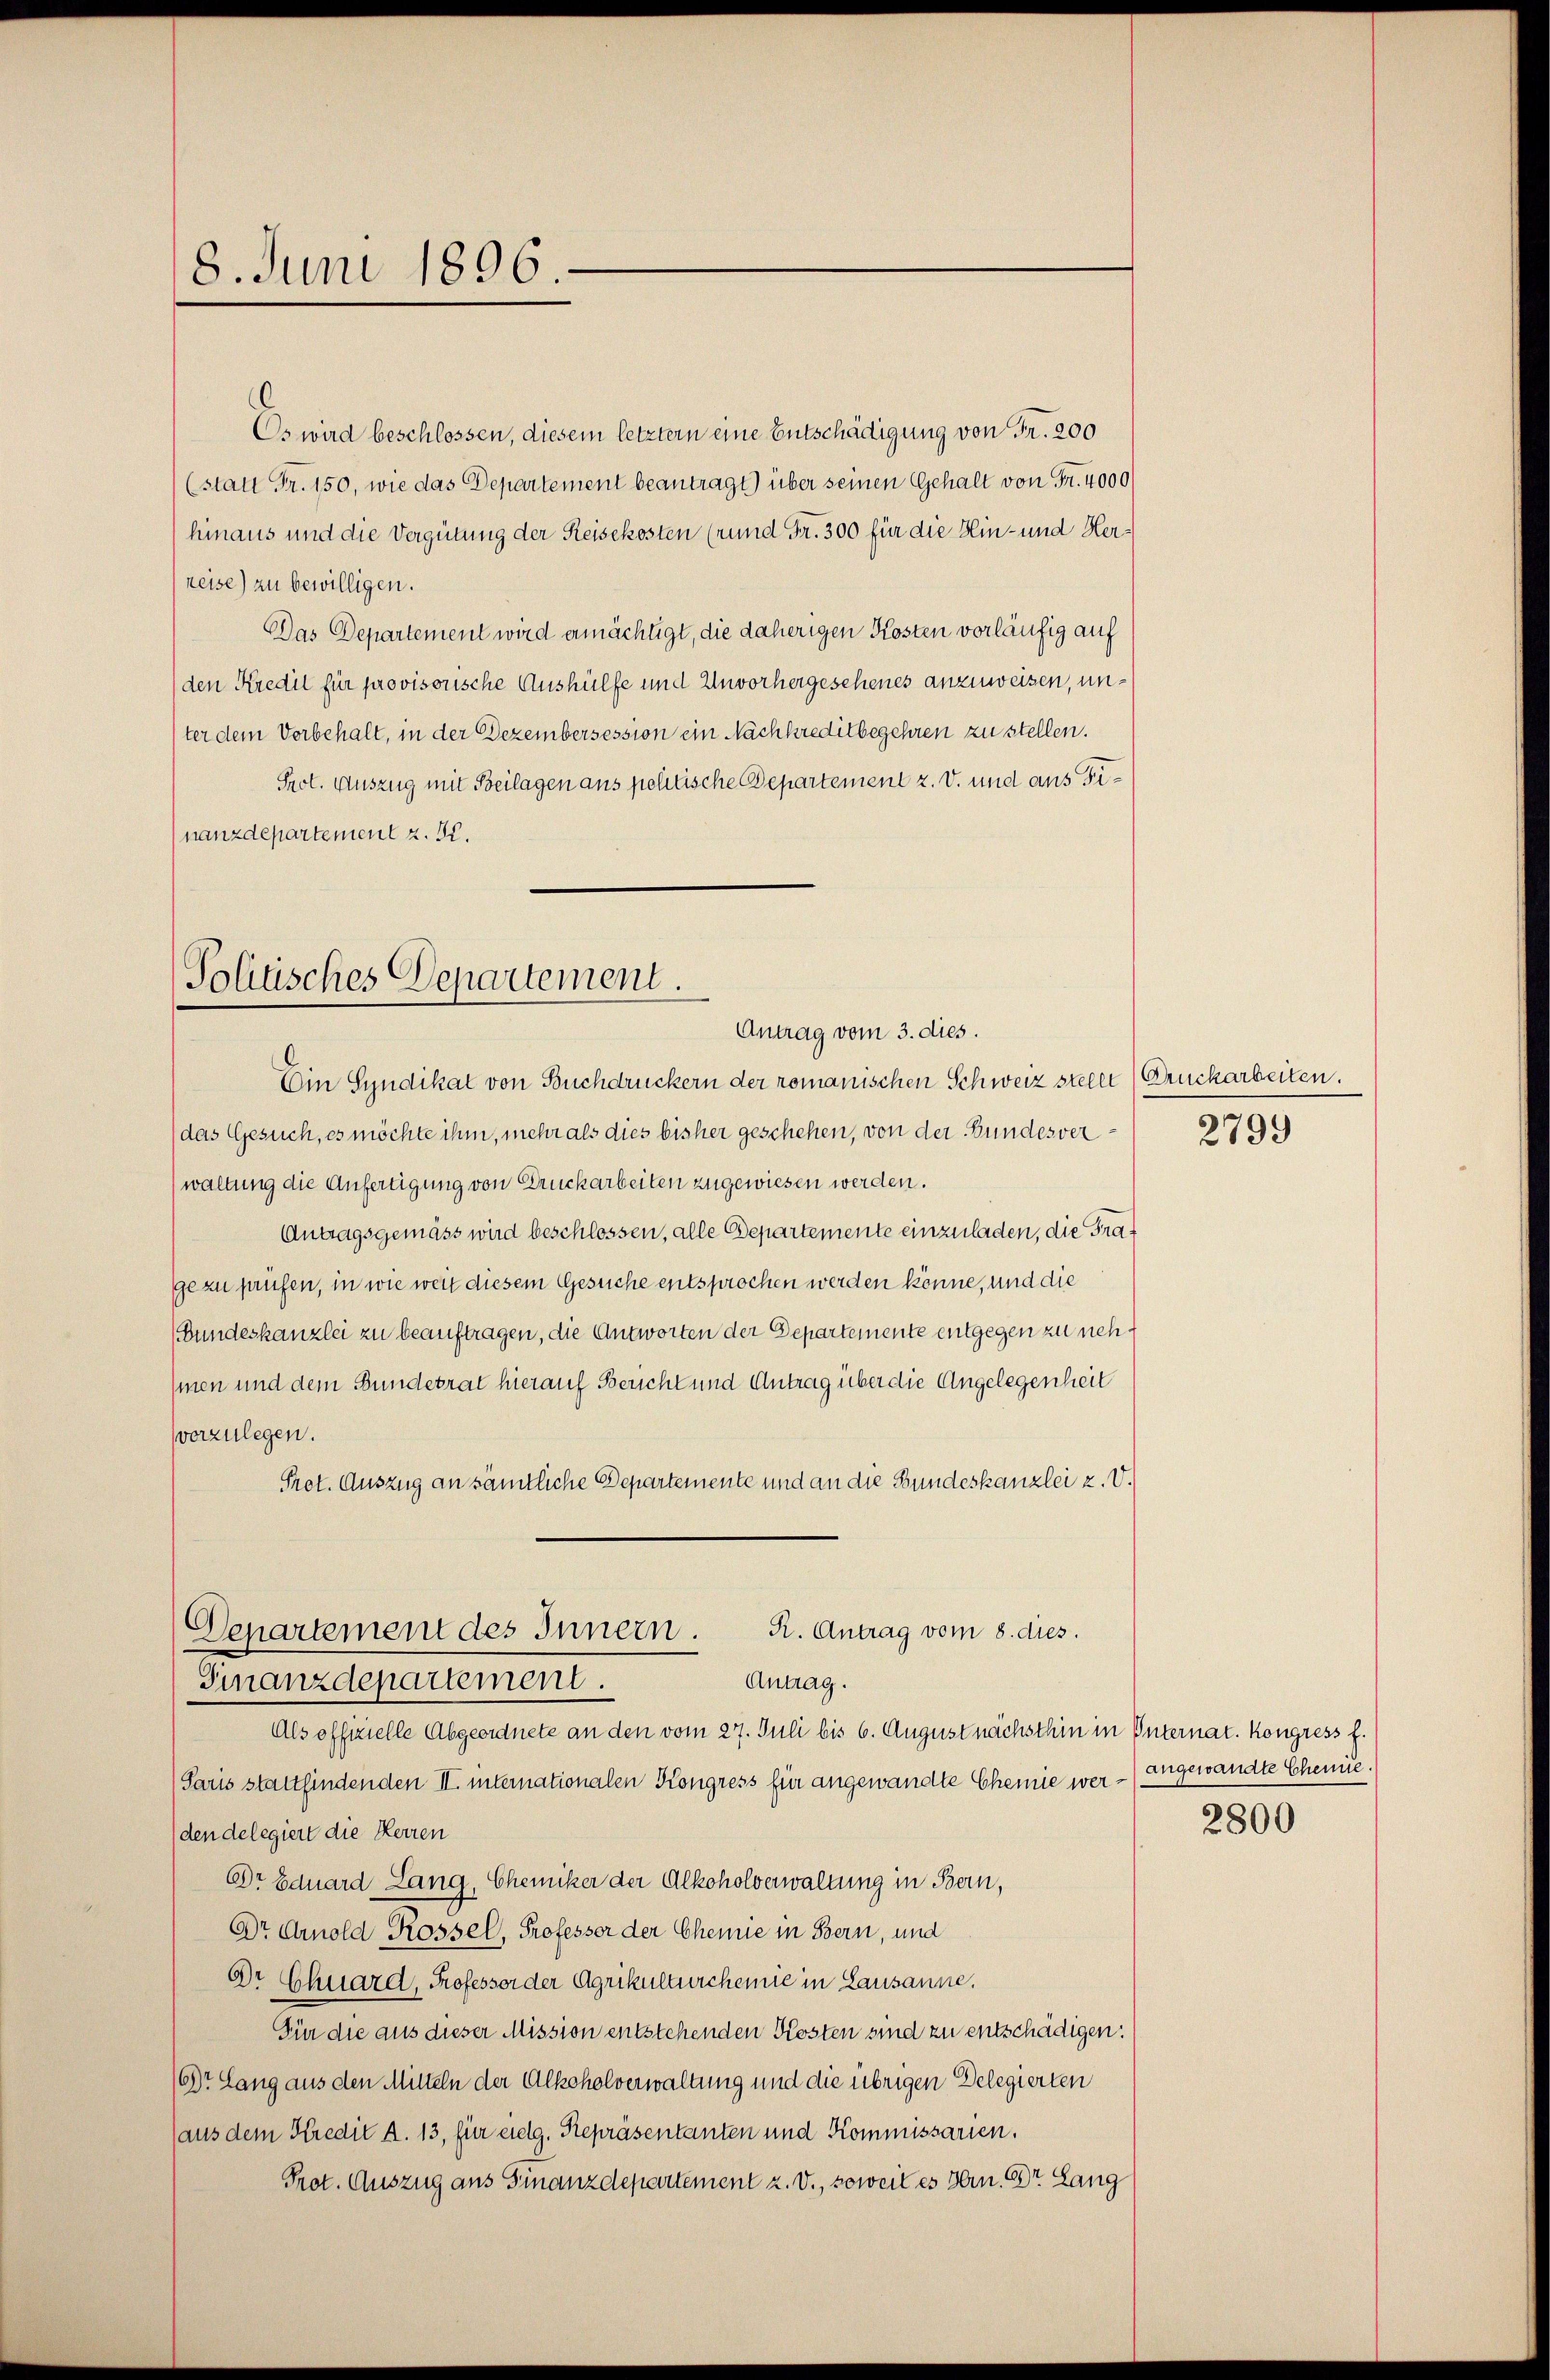
8. Juni 1896.

Es wird beschlossen, diesem letztern eine Entschädigung von Fr. 200
(statt Fr. 150, wie das Departement beantragt) über seinen Gehalt von Fr. 4000
hinaus und die Vergütung der Reisekosten (rund Fr. 300 für die Hin- und Herreise) zu bewilligen.
Das Departement wird ermächtigt, die daherigen Kosten vorläufig auf
den Kredit für provisorische Aushülfe und Unvorhergesehenes anzuweisen, unter dem Vorbehalt, in der Dezembersession ein Nachkreditbegehren zu stellen.
Prot. Auszug mit Beilagen aus petitische Departement z. v. und aus Dinanzdepartement z. B.

Tolitisches Departement.
Antrag vom 3. dies.

Ein Syndikat von Buchdruckern der romanischen Schweiz steher Druckarbeiten.
(das Gesuch, es möchte ihm, mehr als dies bisher geschehen, von der Bundesver¬
(waltung die Anfertigung von Druckarbeiten zugewiesen werden.
Antragsgemäss wird beschlossen, alle Departemente einzuladen, die Frage zu prüfen, in wie weit diesem Gesuche entsprochen werden könne, und die
(Bundeskanzlei zu beauftragen, die Antworten der Departemente entgegen zu nehmen und dem Bundesrat hierauf Bericht und Antrag über die Angelegenheit
verzulegen.
Prot. Auszug an sämtliche Departemente und an die Bundeskanzlei u. V.
Als offizielle Abgeordnete an den vom 27. Juli bis 6. August nächsthin in Unternat. Kongress f.
Paris stattfindenden II. internationalen Kongress für angewandte Chemie werden delegiert die Herren
DDr Eduard Lang, Chemiker der Alkoholverwaltung in Bern,
Dr Arnold Rossel, Professor der Chemie in Bern, und
Dr Chuard, Professor der Agrikulturchemie in Lausanne.
Für die aus dieser Mission entstehenden Kosten sind zu entschädigen:
68t Lang aus den Mitteln der Alkoholverwaltung und die übrigen Delegierten
aus dem Kredit A. 13, für eidg. Repräsentanten und Kommissarien.
Prot. Auszug aus Finanzdepartement z. V., soweil es Hrn. Dr. Lang

R. Antrag vom 8. dies.
Departement des Innern.
Antrag.
Finanzdepartement.

2799

angewandte Scheine.

2800